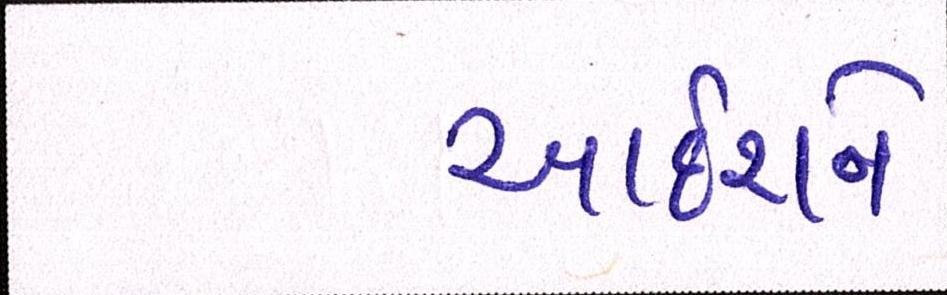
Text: આદેશને